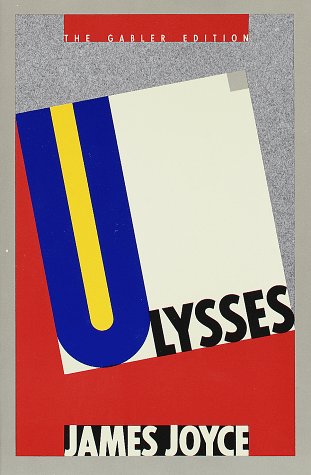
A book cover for Ulysses (The Gabler Edition); James Joyce; Literature & Fiction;